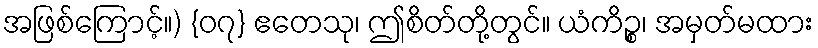
အဖြစ်ကြောင့်။) {၀၇} ဧတေသု၊ ဤစိတ်တို့တွင်။ ယံကိဉ္စ၊ အမှတ်မထား